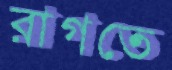
রাগতে